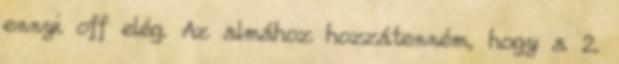
ennyi off elég. Az almához hozzátenném, hogy a 2.